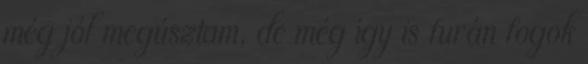
még jól megúsztam, de még így is furán fogok